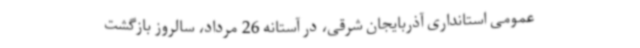
عمومی استانداری آذربایجان شرقی، در آستانه 26 مرداد، سالروز بازگشت